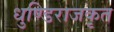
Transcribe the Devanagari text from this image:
धुण्डिराजकृत